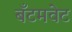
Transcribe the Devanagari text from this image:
बँटमवेट